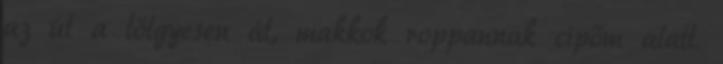
az út a tölgyesen át, makkok roppannak cipőm alatt.